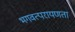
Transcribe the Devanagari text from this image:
भगवत्परायणता